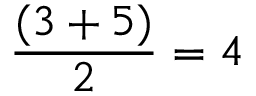
{ \frac { ( 3 + 5 ) } { 2 } } = 4